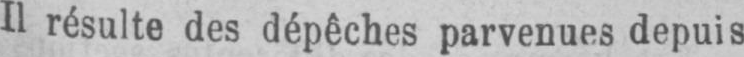
Il résulte des dépêches parvenues depuis